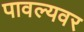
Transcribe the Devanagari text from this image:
पावल्यवर